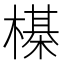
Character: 㯦